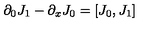
\partial _ { 0 } J _ { 1 } - \partial _ { x } J _ { 0 } = [ J _ { 0 } , J _ { 1 } ]